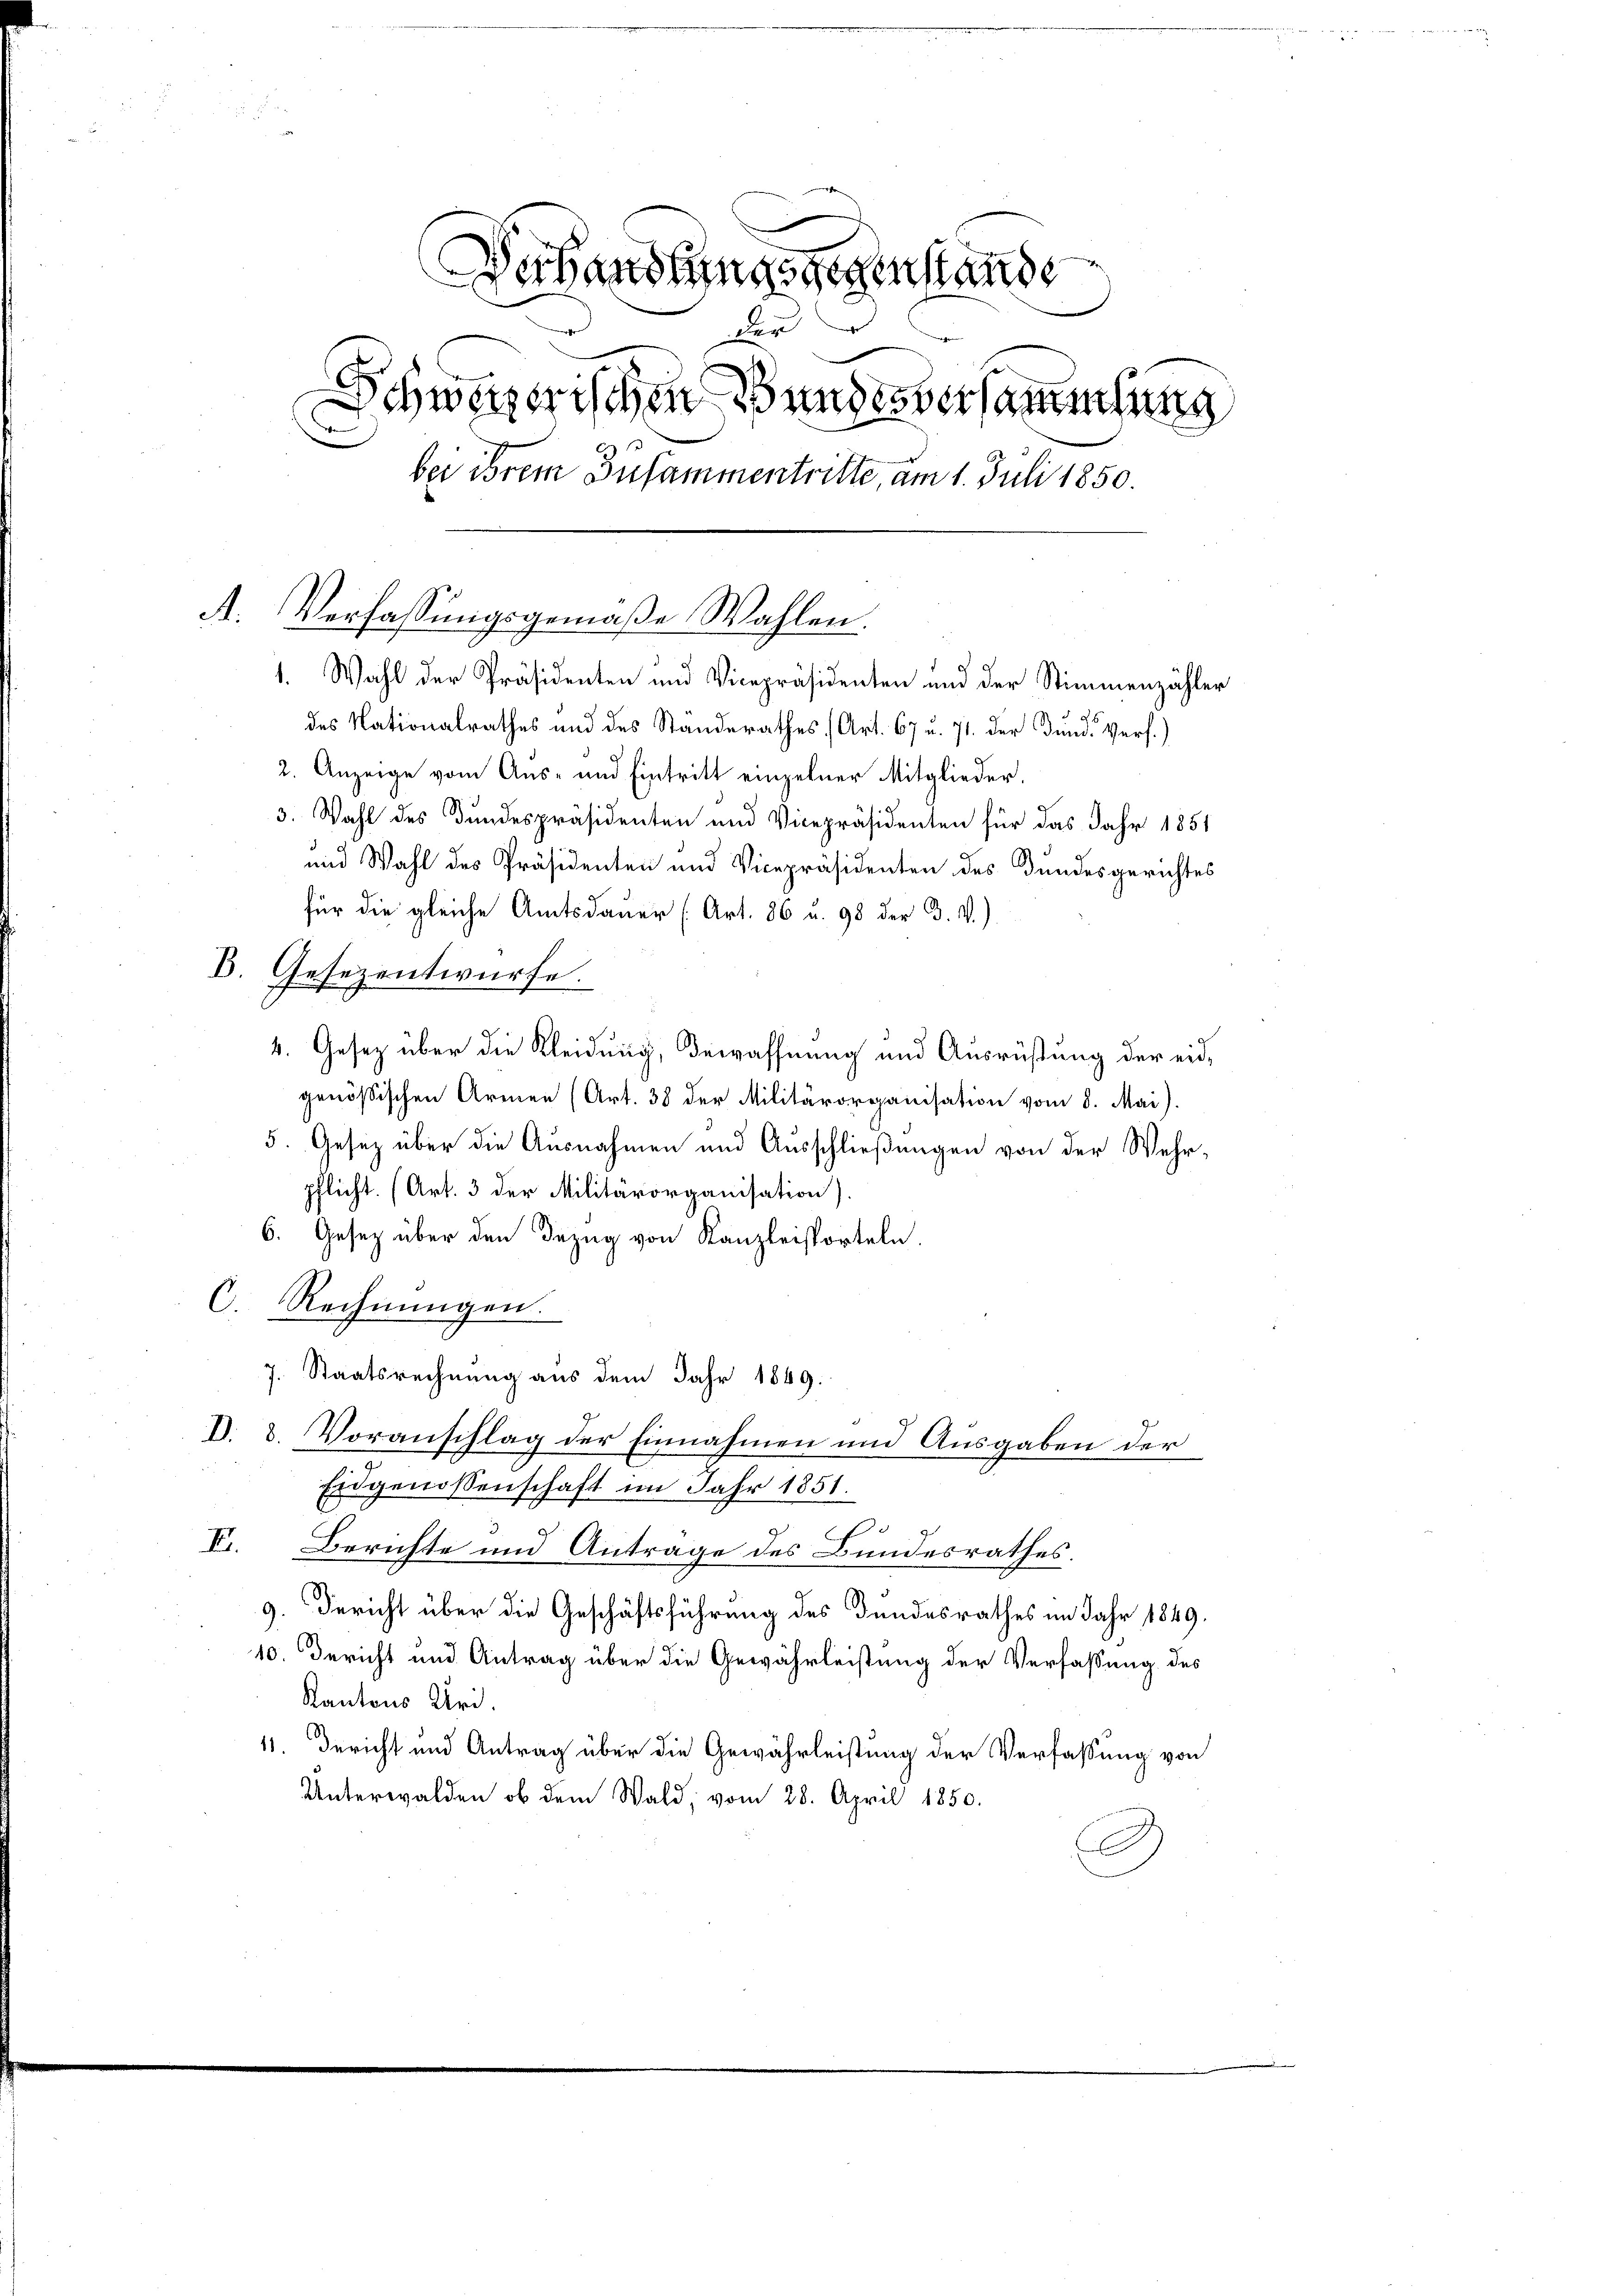
Duhandlungsgegenstande
der
Schweizerischen Bundesversammlung
bei ihrem Zusammentritte, am 1. Juli 1850.
A. Verfassŭngsgemäβe Wahlen.
1. Wahl der Präsidenten und Vicepräsidenten und der Stimmenzähler
des Nationalrathes und des Standerathes (Art. 67 u. 71. der Fund Verf.)
2. Anzeige vom Aus- und Eintritt einzelner Mitglieder,
3. Wahl des Bundespräsidenten und Vicepräsidenten für das Jahr 1851
und Wahl des Präsidenten und Vicepräsidenten des Bundesgerichtes
für die gleiche Amtsdauer (Art. 86 u. 98 der B. V.)
E. Gesezentwürfe

4. Gesetz über die Kleidung, Bewaffnung und Ausrüstung der eidgenößischen Armen (Art. 38 der Militärorganisation vom 8. Mai).
5. Gesetz über die Ausnahmen und Ausschließungen von der Wehrpflicht. (Art. 3 der Militärorganisation).
6. Gesetz über den Bezug von Kanzleisporteln.
C. Rechnungen.
7. Staatsrechnung aus dem Jahr 1849.
D. 2. Voranschlag der Einnahmen und Ausgaben der
Eidgenossenschaft im Jahr 1851.
VI. Berichte und Antrage des Bundesrathes.
9. Bericht über die Geschäftsführung des Bundesrathes im Jahr 1849.
10. Bericht und Antrag über die Gewährleistung der Verfassung des
Kantons Uri.
11. Bericht und Antrag über die Gewährleistung der Verfassung von
Unterwalden ob dem Wald, vom 28. April 1850.
J